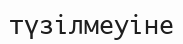
түзілмеуіне